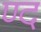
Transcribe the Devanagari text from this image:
ण्द